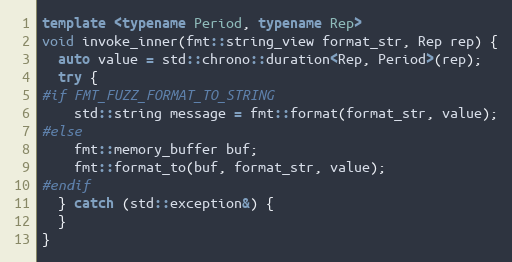
Language: C++
template <typename Period, typename Rep>
void invoke_inner(fmt::string_view format_str, Rep rep) {
  auto value = std::chrono::duration<Rep, Period>(rep);
  try {
#if FMT_FUZZ_FORMAT_TO_STRING
    std::string message = fmt::format(format_str, value);
#else
    fmt::memory_buffer buf;
    fmt::format_to(buf, format_str, value);
#endif
  } catch (std::exception&) {
  }
}